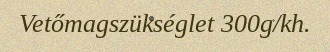
Vetőmagszükséglet 300g/kh.